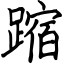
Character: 蹜